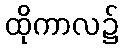
ထိုကာလ၌